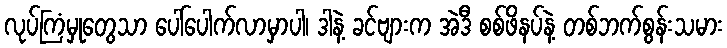
လုပ်ကြံမှုတွေသာ ပေါ်ပေါက်လာမှာပါ၊ ဒါနဲ့ ခင်ဗျားက အဲဒီ စစ်ဖိနပ်နဲ့ တစ်ဘက်စွန်းသမား